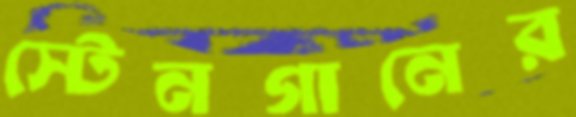
স্টেনগানের